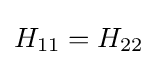
{{H}_{11}}={{H}_{22}}